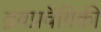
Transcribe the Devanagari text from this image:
द्रवप्रवैगिकी